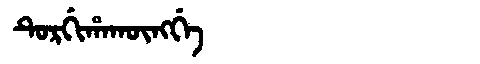
Manchu: ᡨᡠᡵᡤᡳᡥᠠᡴᡡᠩᡤᡝ
Romanization: TURGIHAKŪNGGE